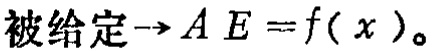
被给定$\to AE = f(x)$。